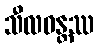
သီလဝန္တဿ